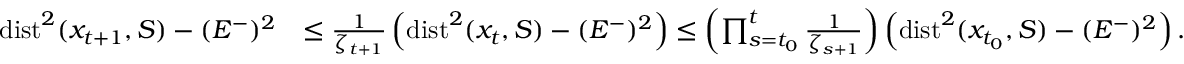
\begin{array} { r l } { \operatorname { d i s t } ^ { 2 } ( x _ { t + 1 } , S ) - ( E ^ { - } ) ^ { 2 } } & { \leq \frac { 1 } { \zeta _ { t + 1 } } \left( \operatorname { d i s t } ^ { 2 } ( x _ { t } , S ) - ( E ^ { - } ) ^ { 2 } \right) \leq \left( \prod _ { s = t _ { 0 } } ^ { t } \frac { 1 } { \zeta _ { s + 1 } } \right) \left( \operatorname { d i s t } ^ { 2 } ( x _ { t _ { 0 } } , S ) - ( E ^ { - } ) ^ { 2 } \right) . } \end{array}